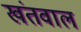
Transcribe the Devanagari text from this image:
खंतवाल